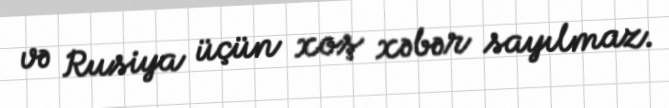
və Rusiya üçün xoş xəbər sayılmaz.